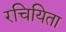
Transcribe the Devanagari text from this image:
रचियिता